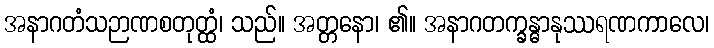
အနာဂတံသဉာဏစတုတ္ထံ၊ သည်။ အတ္တနော၊ ၏။ အနာဂတက္ခန္ဓာနုဿရဏကာလေ၊